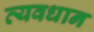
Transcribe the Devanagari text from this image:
व्‍यवधान